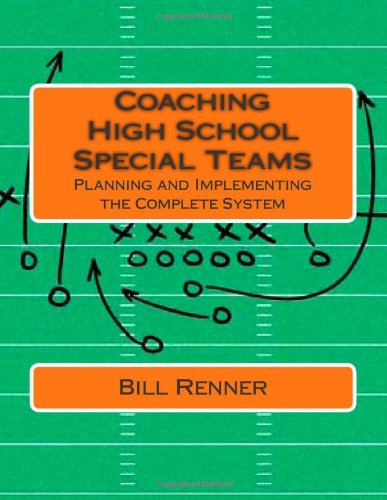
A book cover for Coaching High School Special Teams: Planning and Implementing the Complete System; Bill Renner; Sports & Outdoors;